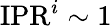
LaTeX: \mathrm{{IPR}}^{i}\sim 1